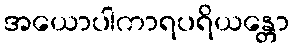
အယောပါကာရပရိယန္တော